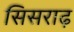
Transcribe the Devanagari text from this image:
सिसराढ़